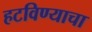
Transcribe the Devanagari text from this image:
हटविण्याचा